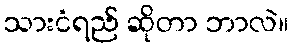
သားငံရည် ဆိုတာ ဘာလဲ။